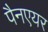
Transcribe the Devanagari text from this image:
पैनएयर